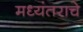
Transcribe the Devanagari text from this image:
मध्यंतराचे